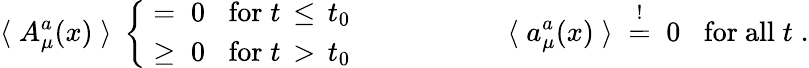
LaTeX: \langle\; A_{\mu}^{a}(x)\; \rangle\; \left\{ \begin{array}{ll}{{\; =\; 0\; \; \; \mathrm{for}\; t\, \le\, t_{0}}}\\ {{\; \ge\; 0\; \; \; \mathrm{for}\; t\, >\, t_{0}}}\end{array}\right.\; \; \; \; \; \; \; \; \; \; \; \; \; \; \; \; \; \; \; \; \langle\; a_{\mu}^{a}(x)\; \rangle\; \stackrel{!}{=}\; 0\; \; \; \mathrm{for~all}\; t\; .